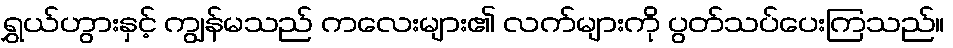
ရွှယ်ဟွားနှင့် ကျွန်မသည် ကလေးများ၏ လက်များကို ပွတ်သပ်ပေးကြသည်။